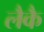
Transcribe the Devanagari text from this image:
लैकै